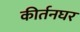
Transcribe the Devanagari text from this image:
कीर्तनघर